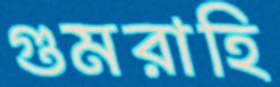
গুমরাহি